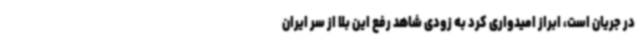
در جریان است، ابراز امیدواری کرد به زودی شاهد رفع این بلا از سر ایران